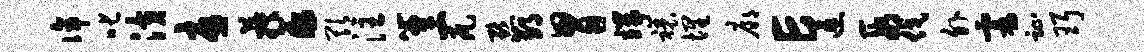
侔叱潢忧蔟薤欺注簟一瓦默郢胃端禳埋廊E速段伐外霎趾珥